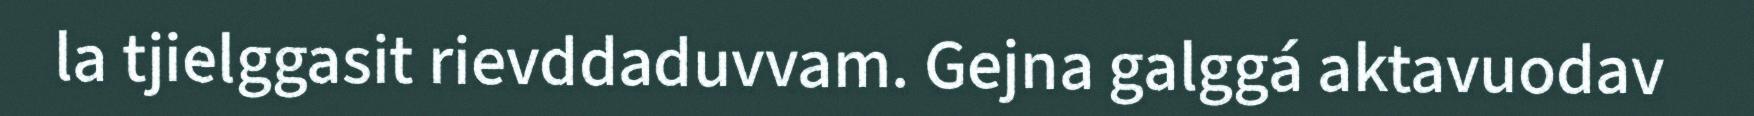
la tjielggasit rievddaduvvam. Gejna galggá aktavuodav